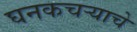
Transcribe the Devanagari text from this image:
घनकचर्‍याचे